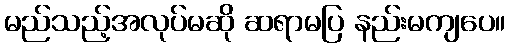
မည်သည့်အလုပ်မဆို ဆရာမပြ နည်းမကျပေ။